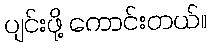
ပျင်းဖို့ ကောင်းတယ်။